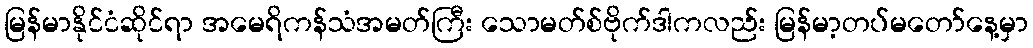
မြန်မာနိုင်ငံဆိုင်ရာ အမေရိကန်သံအမတ်ကြီး သောမတ်စ်ဗိုက်ဒါကလည်း မြန်မာ့တပ်မတော်နေ့မှာ